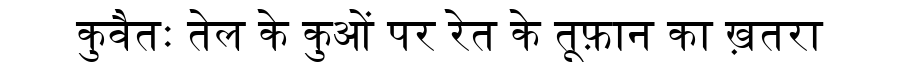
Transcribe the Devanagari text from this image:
कुवैतः तेल के कुओं पर रेत के तूफ़ान का ख़तरा